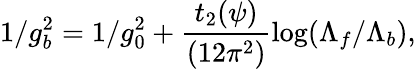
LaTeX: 1/g_{b}^{2}=1/g_{0}^{2}+\frac{t_{2}(\psi)}{(12\pi^{2})}\mathrm{log}(\Lambda_{f}/\Lambda_{b}),